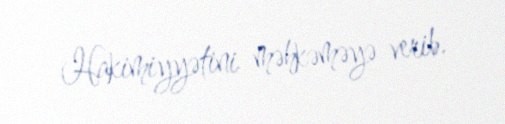
Hakimiyyətini məhkəməyə verib.